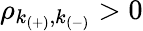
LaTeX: \rho_{k_{(+)},k_{(-)}}>0